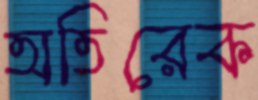
অতিরেক